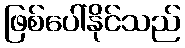
ဖြစ်ပေါ်နိုင်သည်